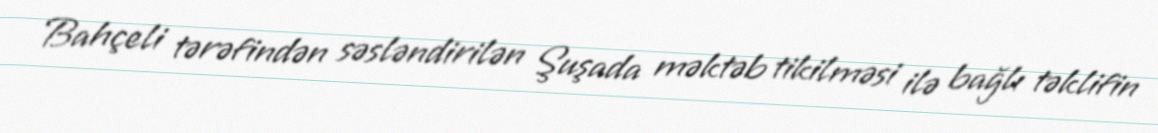
Bahçeli tərəfindən səsləndirilən Şuşada məktəb tikilməsi ilə bağlı təklifin